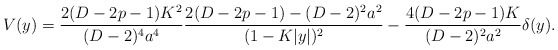
\begin{align*}V(y)={{2(D-2p-1)K^2}\over{(D-2)^4a^4}}{{2(D-2p-1)-(D-2)^2a^2}\over{(1-K|y|)^2}}-{{4(D-2p-1)K}\over{(D-2)^2a^2}}\delta(y).\end{align*}